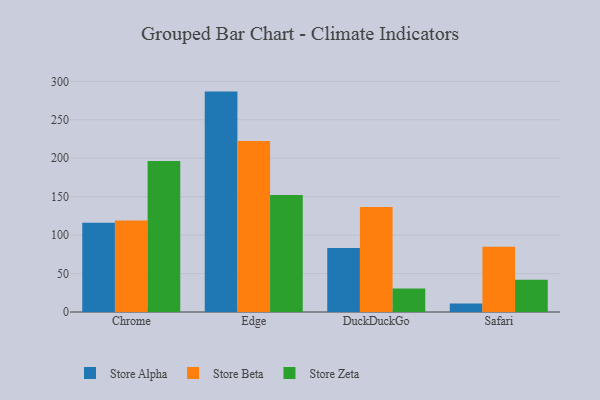
{"axis": {"x": "Browser", "y": "Shipments"}, "legend": ["Store Alpha", "Store Beta", "Store Zeta"], "data": [{"x": "Chrome", "y": 116.2, "type": "Store Alpha"}, {"x": "Chrome", "y": 118.9, "type": "Store Beta"}, {"x": "Chrome", "y": 196.5, "type": "Store Zeta"}, {"x": "Edge", "y": 286.7, "type": "Store Alpha"}, {"x": "Edge", "y": 222.5, "type": "Store Beta"}, {"x": "Edge", "y": 152.2, "type": "Store Zeta"}, {"x": "DuckDuckGo", "y": 83.2, "type": "Store Alpha"}, {"x": "DuckDuckGo", "y": 136.7, "type": "Store Beta"}, {"x": "DuckDuckGo", "y": 30.6, "type": "Store Zeta"}, {"x": "Safari", "y": 10.9, "type": "Store Alpha"}, {"x": "Safari", "y": 84.8, "type": "Store Beta"}, {"x": "Safari", "y": 41.8, "type": "Store Zeta"}]}